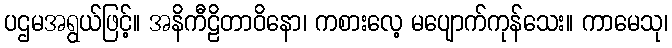
ပဌမအရွယ်ဖြင့်။ အနိကီဠိတာဝိနော၊ ကစားလေ့ မပျောက်ကုန်သေး။ ကာမေသု၊